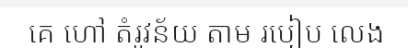
គេ ហៅ តំរូវន័យ តាម របៀប លេង